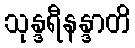
သုန္ဒရီနန္ဒာတိ